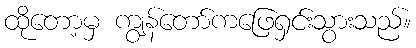
ထိုတော့မှ ကျွန်တော်ကဖြေရှင်းသွားသည်။